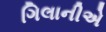
ગિલાનીએ